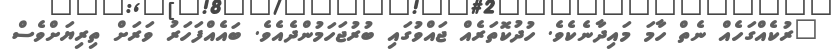
"ރުކެއްގަހެއް ނެތް ހާމަ މައިދާނެކެވެ. ހުދުކޮތަރެއް ޖައްވުގައި ބުރުޖަހަމުންދެއެވެ. ބައެއްފަހަރު ވަރަށް ތިރިޔަށްވެސް